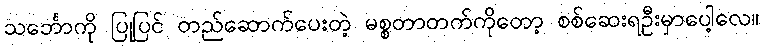
သင်္ဘောကို ပြုပြင် တည်ဆောက်ပေးတဲ့ မစ္စတာတက်ကိုတော့ စစ်ဆေးရဦးမှာပေါ့လေ။